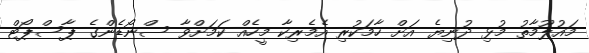
މައުލޫމާތު މުޅި ދުނިޔެ އަށް ހާމަކުރި އެމެރިކާ މީހެއް ކަމަށްވާ ސްނޯޑެންގެ ޕާސްޕޯޓް